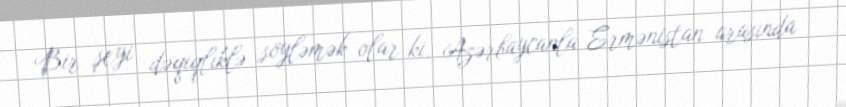
Bir şeyi dəqiqliklə söyləmək olar ki, Azərbaycanla Ermənistan arasında